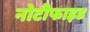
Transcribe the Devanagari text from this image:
नोटीफाइड